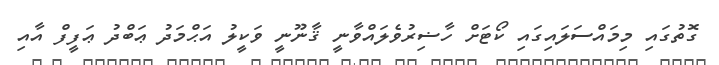
ގޮތުގައި މިމައްސަލައިގައި ކޯޓަށް ހާޟިރުވެލައްވާނީ ޤާނޫނީ ވަކީލު އަޙްމަދު ޢަބްދު ޢަފީފް އާއި